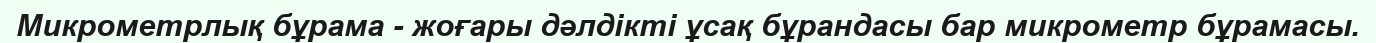
Микрометрлық бұрама - жоғары дәлдікті ұсақ бұрандасы бар микрометр бұрамасы.